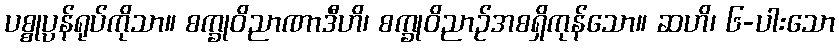
ပစ္စုပ္ပန်ရုပ်ကိုသာ။ စက္ခုဝိညာဏာဒီဟိ၊ စက္ခုဝိညာဉ်အစရှိကုန်သော။ ဆဟိ၊ ၆-ပါးသော